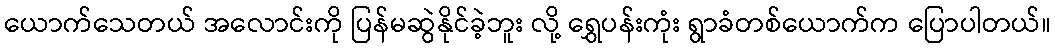
ယောက်သေတယ် အလောင်းကို ပြန်မဆွဲနိုင်ခဲ့ဘူး လို့ ရွှေပန်းကုံး ရွာခံတစ်ယောက်က ပြောပါတယ်။